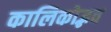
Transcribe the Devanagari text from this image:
कालिकोद्भव